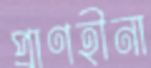
প্রাণহীনা